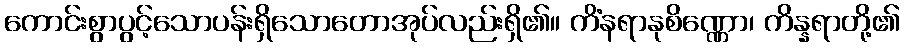
ကောင်းစွာပွင့်သောပန်းရှိသောတောအုပ်လည်းရှိ၏။ ကိံနရာနုစိဏ္ဏော၊ ကိန္နရာတို့၏